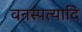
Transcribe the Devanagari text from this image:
वनस्पत्यादि